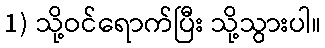
1) သို့ဝင်ရောက်ပြီး သို့သွားပါ။